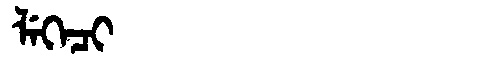
Manchu: ᠯᡝᡴᡝᠴᡳ
Romanization: LEKECI